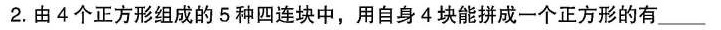
2.由4个正方形组成的5种四连块中，用自身4块能拼成一个正方形的有____